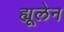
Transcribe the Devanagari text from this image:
ह्यूलेन